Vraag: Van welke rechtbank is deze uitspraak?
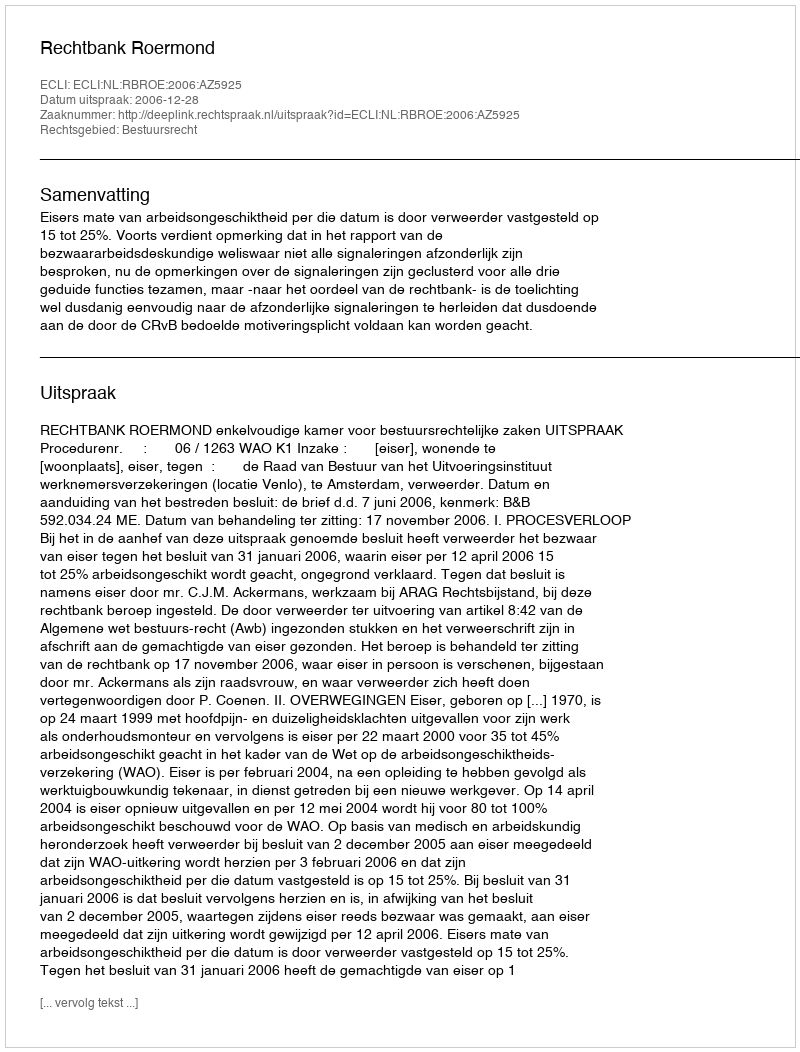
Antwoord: Rechtbank Roermond